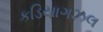
કડિયાગઝલ